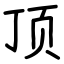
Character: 顶